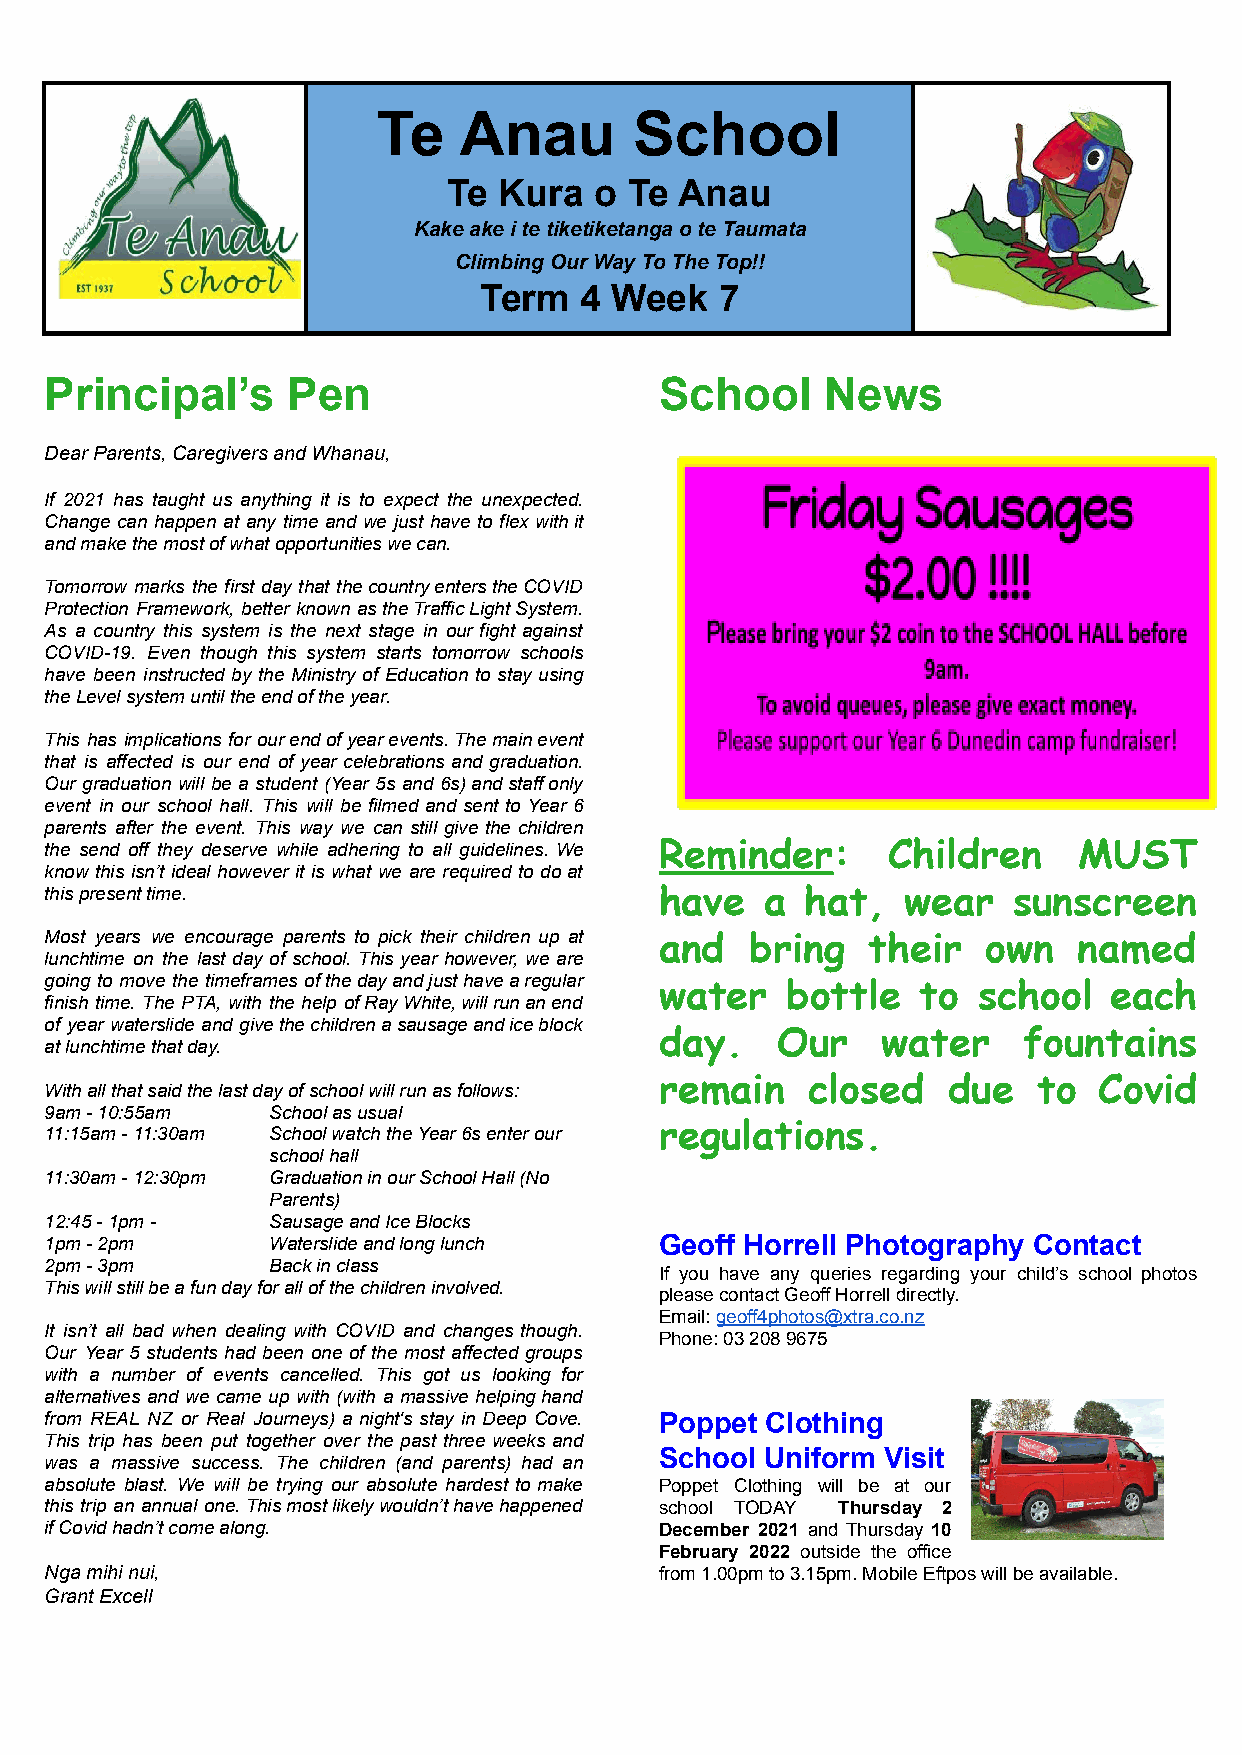
Te   Anau        School
 Te Kura  o  Te Anau
 Kake ake i te tiketiketanga o te Taumata
 Climbing Our Way To The Top!!
 Term  4 Week    7
 Principal’s     Pen                      School     News
 Dear Parents, Caregivers and Whanau,
 If 2021 has taught us anything it is to expect the unexpected.
 Change can happen at any time and we just have to flex withit
 and make the most of what opportunities we can.
 Tomorrow marks the first day that thecountryenterstheCOVID
 Protection Framework, better known astheTrafficLightSystem.
 As a country this system is the next stage in our fight against
 COVID-19. Even though this system starts tomorrow schools
 have been instructed by the Ministry of Education to stay using
 the Level system until the end of the year.
 This has implications for ourendofyearevents.Themainevent
 that is affected is our end of year celebrations and graduation.
 Our graduation will be a student (Year 5s and 6s)andstaffonly
 event in our school hall. This will be filmed and sent to Year 6
 parents after the event. This way we can still give the children
 the send off they deserve while adhering to all guidelines. We Reminder: Children MUST
 know this isn’t ideal however it is what we are required to doat
 this present time.                       have   a hat,   wear   sunscreen
 Most years we encourage parents to pick their children up at and bring their own named
 lunchtime on the last day of school. This year however, we are
 going to move the timeframes ofthedayandjusthavearegular
 water   bottle   to  school  each
 finish time. The PTA, with the help ofRayWhite,willrunanend
 of year waterslide and givethechildrenasausageandiceblock
 day.   Our    water     fountains
 at lunchtime that day.
 remain   closed    due   to  Covid
 With all that said the last day of school will run as follows:
 9am - 10:55am  School as usual
 11:15am - 11:30am School watch the Year 6s enter our regulations.
 school hall
 11:30am - 12:30pm Graduation in our School Hall (No
 Parents)
 12:45 - 1pm -  Sausage and Ice Blocks
 1pm - 2pm      Waterslide and long lunch Geoff Horrell Photography Contact
 2pm - 3pm      Back in class
 If you have any queries regarding your child’s school photos
 This will still be a fun day for all of the children involved.
 please contact Geoff Horrell directly.
 Email:geoff4photos@xtra.co.nz
 It isn’t all bad when dealing with COVID and changes though.
 Phone: 03 208 9675
 Our Year 5 students had been one of the most affected groups
 with a number of events cancelled. This got us looking for
 alternatives and we came up with (with a massive helpinghand
 from REAL NZ or Real Journeys) a night's stay in Deep Cove. Poppet Clothing
 This trip has been put together over the past three weeks and
 School Uniform Visit
 was a massive success. The children (and parents) had an
 absolute blast. We will be trying our absolute hardest to make Poppet Clothing will be at our
 this trip an annual one.Thismostlikelywouldn’thavehappened school TODAY Thursday 2
 if Covid hadn’t come along.              December 2021 and Thursday 10
 February 2022 outside the office
 Nga mihi nui,                            from 1.00pm to 3.15pm. Mobile Eftpos will be available.
 Grant Excell